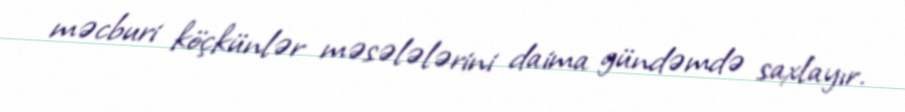
məcburi köçkünlər məsələlərini daima gündəmdə saxlayır.